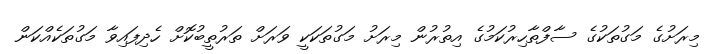
މިރަށުގެ މަގުތަކުގެ ސާފްތާހިރުކަމުގެ އިތުރުން މިރަށު މަގުތަކަކީ ވަރަށް ތަރުތީބުކޮށް ހެދިފައިވާ މަގުތަކެއްކަން